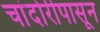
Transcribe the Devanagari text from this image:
चांदोरीपासून